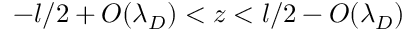
- l / 2 + O ( \lambda _ { D } ) < z < l / 2 - O ( \lambda _ { D } )